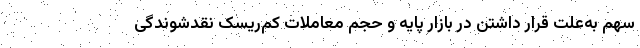
سهم به‌علت قرار داشتن در بازار پایه و حجم معاملات کم‌ریسک نقدشوندگی